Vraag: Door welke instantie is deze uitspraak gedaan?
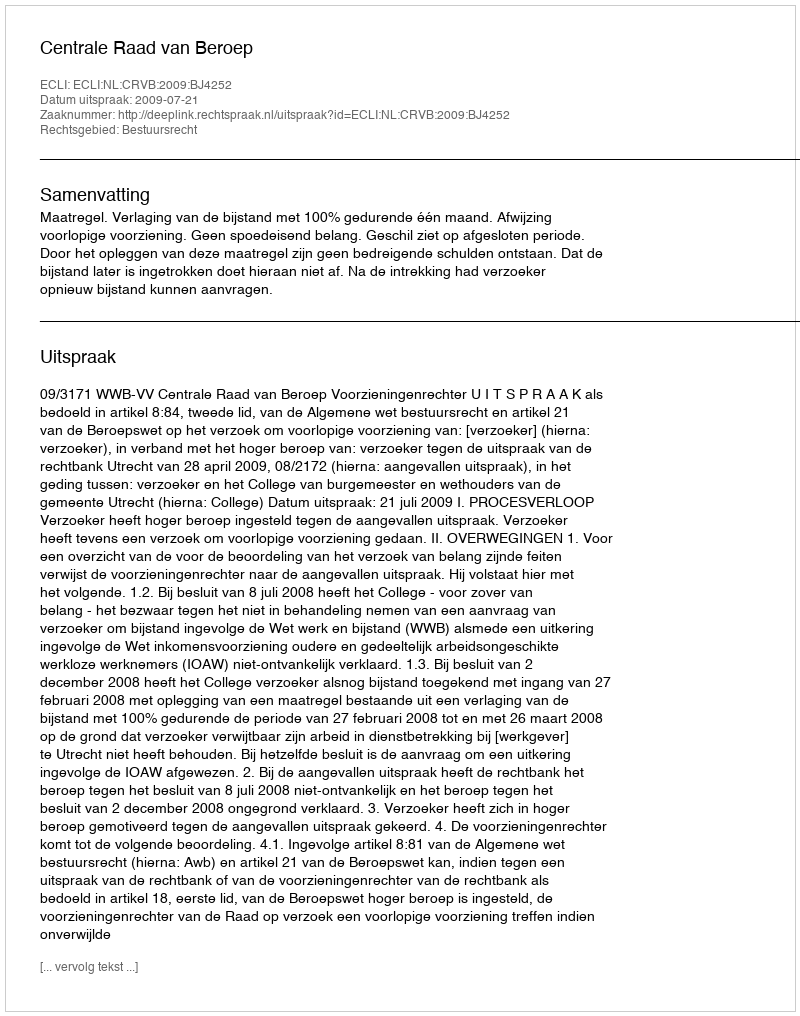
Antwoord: Centrale Raad van Beroep